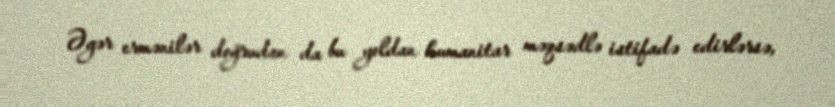
Əgər ermənilər doğrudan da bu yoldan humanitar məqsədlə istifadə edirlərsə,